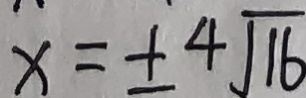
x = \pm 4 \sqrt { 1 6 }